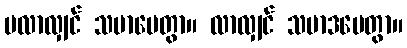
မလာလျှင် သမာပေတွာ။ လာလျှင် သမာဒပေတွာ။